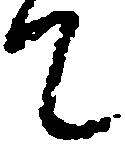
て